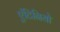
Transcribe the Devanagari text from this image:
एंटिनियो